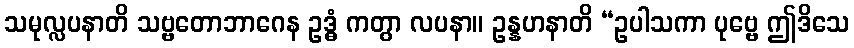
သမုလ္လပနာတိ သဗ္ဗတောဘာဂေန ဥဒ္ဓံ ကတွာ လပနာ။ ဥန္နဟနာတိ “ဥပါသကာ ပုဗ္ဗေ ဤဒိသေ